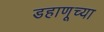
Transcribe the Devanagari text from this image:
डहाणूच्या